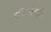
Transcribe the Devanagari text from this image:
रेडियोमेट्री